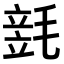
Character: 𣯓